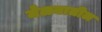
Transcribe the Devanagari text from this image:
मेळ्यातील